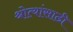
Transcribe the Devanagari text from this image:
श्रोत्यांसाठी